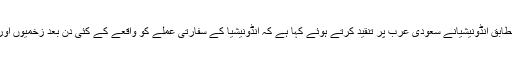
ادھر امریکی نیوز ایجنسی اے پی کے مطابق انڈونیشیانے سعودی عرب پر تنقید کرتے ہوئے کہا ہے کہ انڈونیشیا کے سفارتی عملے کو واقعے کے کئی دن بعد زخمیوں اور ہلاک ہونے والوں تک رسائی دی گئی۔